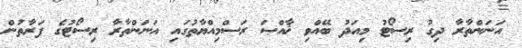
އަނަންތާރާ ދިގު ރިސޯޓު މިއަދު ބޭއްވި ޚާއްޞަ ރަސްމިއްޔާތުގައި އަނަންތާރާ ރިސޯޓުގެ ފަރާތުން